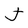
Character: J